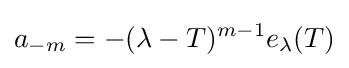
a_{-m}=-(\lambda -T)^{m-1}e_{\lambda }(T)